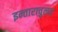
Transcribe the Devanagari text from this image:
इन्ताराचुलर